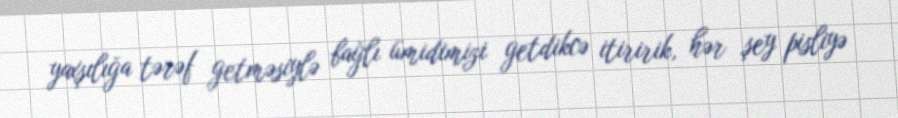
yaxşılığa tərəf getməsiylə bağlı ümidimizi getdikcə itiririk, hər şey pisliyə